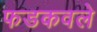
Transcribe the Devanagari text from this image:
फडकवले